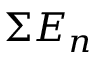
\Sigma E _ { n }